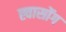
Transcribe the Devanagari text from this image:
ह्वासोंग